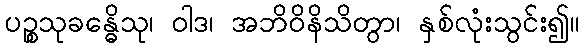
ပဉ္စသုခန္ဓေိသု၊ ဝါဒ၊ အဘိဝိနိသိတွာ၊ နှစ်လုံးသွင်း၍။